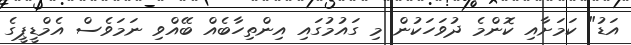
އަޑު" ކަމަށާއި ކޮންމެ ދުވަހަކުން މި ގައުމުގައި އިންތިހާބެއް ބޭއްވި ނަމަވެސް އެމްޑީޕީގެ